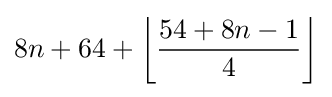
8n+64+\left\lfloor {\frac {54+8n-1}{4}}\right\rfloor